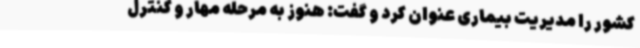
کشور را مدیریت بیماری عنوان کرد و گفت: هنوز به مرحله مهار و کنترل